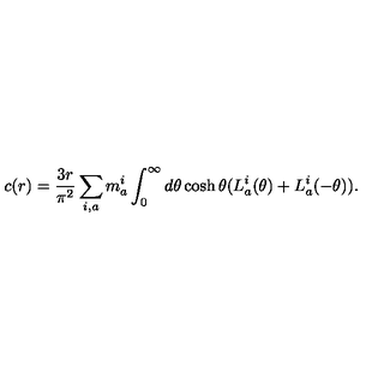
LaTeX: c ( r ) = \frac { 3 r } { \pi ^ { 2 } } \sum _ { i , a } m _ { a } ^ { i } \int _ { 0 } ^ { \infty } d \theta \cosh \theta ( L _ { a } ^ { i } ( \theta ) + L _ { a } ^ { i } ( - \theta ) ) .